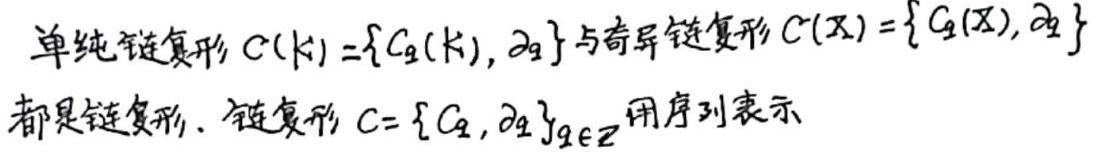
单纯链复形 $C(K)=\{C_q(K), \partial_q\}$ 与奇异链复形 $C(X)=\{C_q(X), \partial_q\}$ 都是链复形. 链复形 $C = \{C_q, \partial_q\}_{q\in \mathbb{Z}}$ 用序列表示